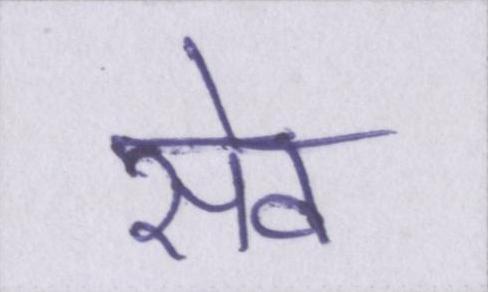
सेव